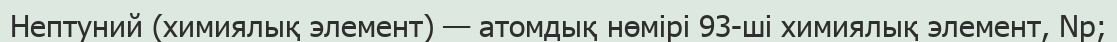
Нептуний (химиялық элемент) — атомдық нөмірі 93-ші химиялық элемент, Np;